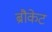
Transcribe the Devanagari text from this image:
ब्रौकेट